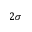
2 \sigma